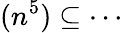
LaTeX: (n^{5})\subseteq\cdots